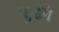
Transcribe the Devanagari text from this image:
जुडेंगे